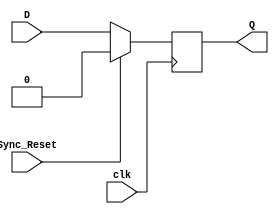
module Rising_Edge_DFF_with_Sync_Reset(
	input D,
	input Sync_Reset,
	input clk,
	output reg Q
	);

	always @(posedge clk)
	begin
	
		if(Sync_Reset == 1'b1)
		
			Q <= 1'b0;
		
		else
			
			Q <= D;
	
	end

endmodule